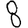
Digit: 8